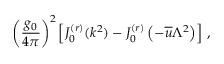
\left( \frac { g _ { 0 } } { 4 \pi } \right) ^ { 2 } \left[ J _ { 0 } ^ { ( r ) } ( k ^ { 2 } ) - J _ { 0 } ^ { ( r ) } \left( - \overline { { { u } } } \Lambda ^ { 2 } \right) \right] \, ,